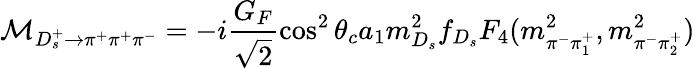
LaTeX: {\cal M}_{D_{s}^{+}\to\pi^{+}\pi^{+}\pi^{-}}=-i\frac{G_{F}}{\sqrt{2}}\cos^{2}\theta_{c}a_{1}m_{D_{s}}^{2}f_{D_{s}}F_{4}(m_{\pi^{-}\pi_{1}^{+}}^{2},m_{\pi^{-}\pi_{2}^{+}}^{2})